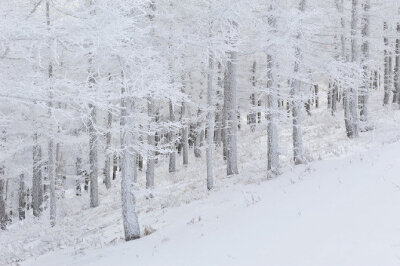
花明玉关雪，叶暖金窗烟。